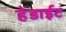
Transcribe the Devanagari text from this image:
हेडाईट